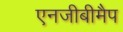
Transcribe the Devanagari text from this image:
एनजीबीमैप